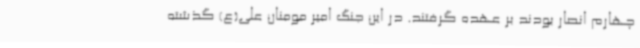
چهارم انصار بودند بر عهده گرفتند. در این جنگ امیر مومنان علی(ع) گذشته